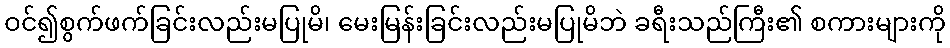
ဝင်၍စွက်ဖက်ခြင်းလည်းမပြုမိ၊ မေးမြန်းခြင်းလည်းမပြုမိဘဲ ခရီးသည်ကြီး၏ စကားများကို